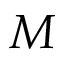
M